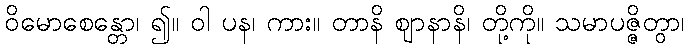
ဝိမောစေန္တော၊ ၍။ ဝါ ပန၊ ကား။ တာနိ ဈာနာနိ၊ တို့ကို။ သမာပဇ္ဇိတွာ၊